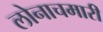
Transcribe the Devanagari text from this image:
लोनाचमारी